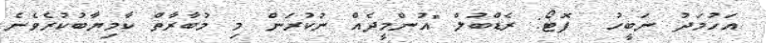
އަހުމަދު ނަބީހު  ފޮޓޯ: ރެޑްބުލް "އުންމީދެއް ނުކުރަން މި މުބާރާތް ކާމިޔާބުކުރެވެނެ